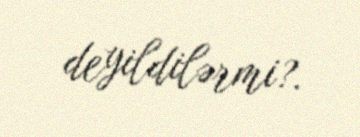
deyildilərmi?.